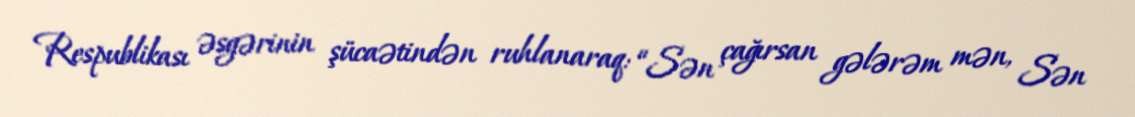
Respublikası əsgərinin şücaətindən ruhlanaraq: “Sən çağırsan gələrəm mən, Sən